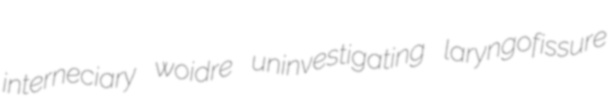
interneciary woidre uninvestigating laryngofissure